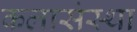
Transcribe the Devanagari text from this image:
कलासंस्था